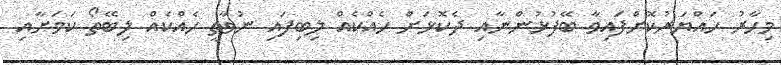
މިހާރު ހައްޔަރުކޮށްފައިވާ ބޭފުޅުންނާއި ދެކޮޅަށް ހެއްކެއް ލިބިފައި ނުވާތީ ހެއްކެއް ލިބޭތޯ ކަމަށާއި